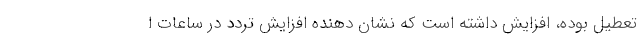
تعطیل بوده، افزایش داشته است که نشان دهنده افزایش تردد در ساعات ا